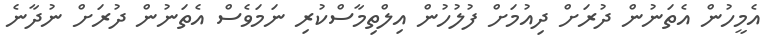
އެމީހުން އެތަނުން ދުރަށް ދިއުމަށް ފުލުހުން އިލްތިމާސްކުރި ނަމަވެސް އެތަނުން ދުރަށް ނުދާނެ